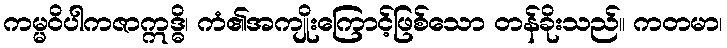
ကမ္မဝိပါကဇာဣဒ္ဓိ၊ ကံ၏အကျိုးကြောင့်ဖြစ်သော တန်ခိုးသည်။ ကတမာ၊